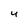
Character: 4